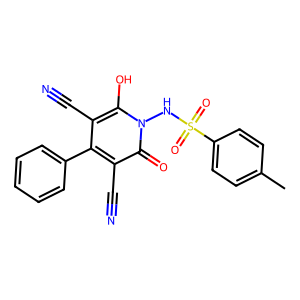
SMILES: Cc1ccc(S(=O)(=O)Nn2c(O)c(C#N)c(-c3ccccc3)c(C#N)c2=O)cc1
Inhibits HIV replication: No